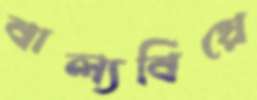
বাল্যবিয়ে